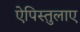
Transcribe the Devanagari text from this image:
ऐपिस्तुलाए